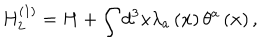
LaTeX: H _ { 2 } ^ { \left( 1 \right) } = H + \int d ^ { 3 } x \lambda _ { a } \left( { \bf x } \right) \theta ^ { a } \left( { \bf x } \right) ,